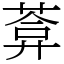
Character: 葊